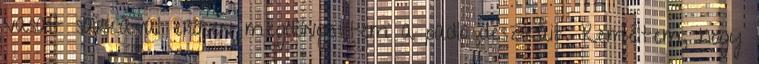
vasalt sarkával erősen megdöngettem a padló deszkáit. Reméltem, hogy